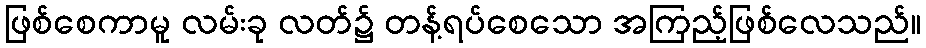
ဖြစ်စေကာမူ လမ်းခု လတ်၌ တန့်ရပ်စေသော အကြည့်ဖြစ်လေသည်။